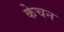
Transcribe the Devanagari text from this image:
केचन